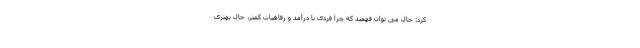
کرد: حال می توان فهمید که چرا فردی با درآمد و رفاهیات کمتر، حال بهتری